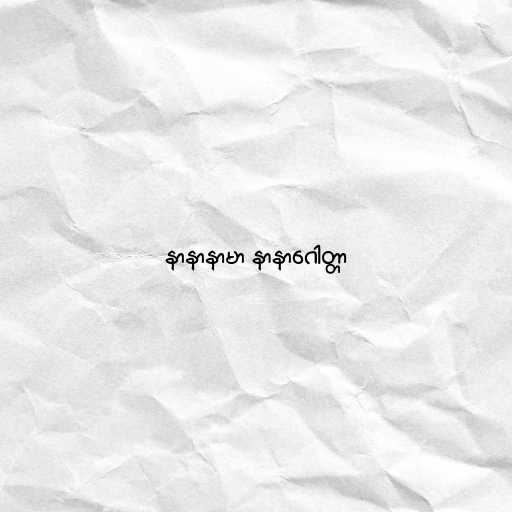
နာနာနာမာ နာနာဂေါတ္တာ